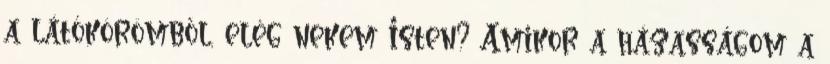
a látókörömből, elég nekem Isten? Amikor a házasságom a